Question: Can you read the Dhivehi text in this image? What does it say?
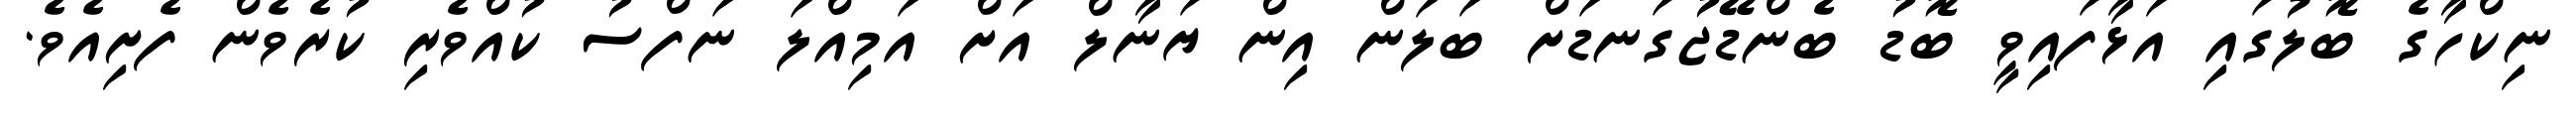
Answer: ނިކްހާގެ ބޮލުގައި އަޅާފައިވީ ބޮޑު ބެންޑޭޖުގަނޑަށް ބަލަން އިން ޔަނާލް އަށް އަމިއްލަ ނަފްސު ކުއްވެރި ކުރެވެން ފެށިއެވެ.